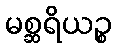
မစ္ဆရိယဉ္စ